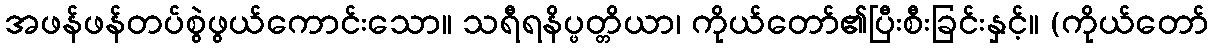
အဖန်ဖန်တပ်စွဲဖွယ်ကောင်းသော။ သရီရနိပ္ဖတ္တိယာ၊ ကိုယ်တော်၏ပြီးစီးခြင်းနှင့်။ (ကိုယ်တော်